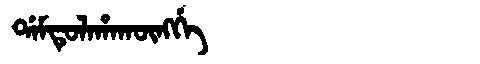
Manchu: ᡩᠠᠮᡨᡠᠯᠠᡥᠠᡴᡡᠩᡤᡝ
Romanization: DAMTULAHAKŪNGGE